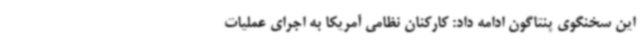
این سخنگوی پنتاگون ادامه داد: کارکنان نظامی آمریکا به اجرای عملیات